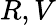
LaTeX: R,V